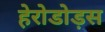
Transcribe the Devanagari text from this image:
हेरोडोड़स